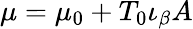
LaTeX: \mu=\mu_{0}+T_{0}\iota_{\beta}A